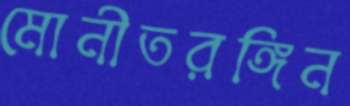
মোনীতরঙ্গিন